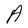
Character: A